Indian journal of veterinary science and animal husbandry - Volume 9,
Year: 1939
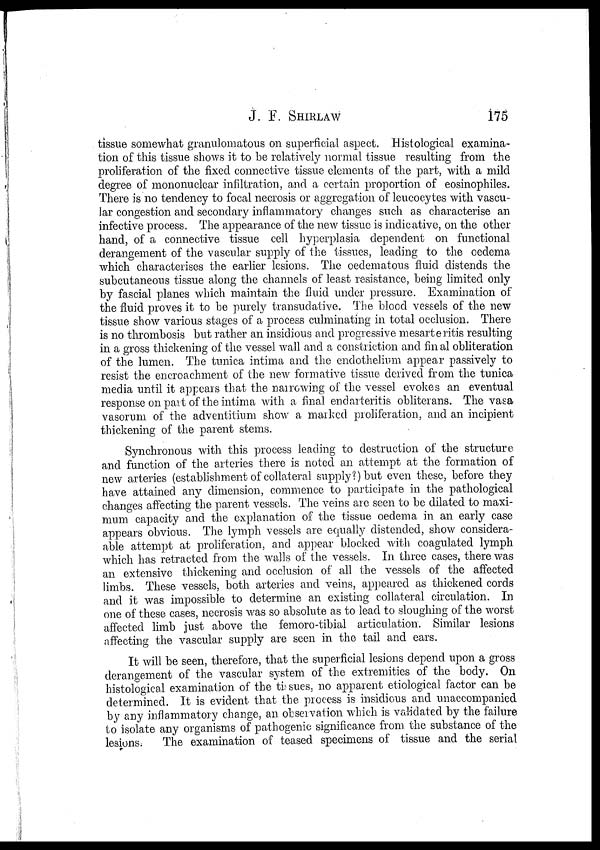
J. F. SHIRLAW 175
tissue somewhat granulomatous on superficial aspect. Histological examina-
tion of this tissue shows it to be relatively normal tissue resulting from the
proliferation of the fixed connective tissue elements of the part, with a mild
degree of mononuclear infiltration, and a certain proportion of eosinophiles.
There is no tendency to focal necrosis or aggregation of leucocytes with vascu-
lar congestion and secondary inflammatory changes such as characterise an
infective process. The appearance of the new tissue is indicative, on the other
hand, of a connective tissue cell hyperplasia dependent on functional
derangement of the vascular supply of the tissues, leading to the oedema
which characterises the earlier lesions. The oedematous fluid distends the
subcutaneous tissue along the channels of least resistance, being limited only
by fascial planes which maintain the fluid under pressure. Examination of
the fluid proves it to be purely transudative. The blood vessels of the new
tissue show various stages of a process culminating in total occlusion. There
is no thrombosis but rather an insidious and progressive mesarteritis resulting
in a gross thickening of the vessel wall and a constriction and fin al obliteration
of the lumen. The tunica intima and the endothelium appear passively to
resist the encroachment of the new formative tissue derived from the tunica
media until it appears that the narrowing of the vessel evokes an eventual
response on part of the intima with a final endarteritis obliterans. The vasa
vasorum of the adventitium show a marked proliferation, and an incipient
thickening of the parent stems.
Synchronous with this process leading to destruction of the structure
and function of the arteries there is noted an attempt at the formation of
new arteries (establishment of collateral supply?) but even these, before they
have attained any dimension, commence to participate in the pathological
changes affecting the parent vessels. The veins are seen to be dilated to maxi-
mum capacity and the explanation of the tissue oedema in an early case
appears obvious. The lymph vessels are equally distended, show considera-
able attempt at proliferation, and appear blocked with coagulated lymph
which has retracted from the walls of the vessels. In three cases, there was
an extensive thickening and occlusion of all the vessels of the affected
limbs. These vessels, both arteries and veins, appeared as thickened cords
and it was impossible to determine an existing collateral circulation. In
one of these cases, necrosis was so absolute as to lead to sloughing of the worst
affected limb just above the femoro-tibial articulation. Similar lesions
affecting the vascular supply are seen in the tail and ears.
It will be seen, therefore, that the superficial lesions depend upon a gross
derangement of the vascular system of the extremities of the body. On
histological examination of the tissues, no apparent etiological factor can be
determined. It is evident that the process is insidious and unaccompanied
by any inflammatory change, an observation which is validated by the failure
to isolate any organisms of pathogenic significance from the substance of the
lesions.
The examination of teased specimens of tissue and the serial